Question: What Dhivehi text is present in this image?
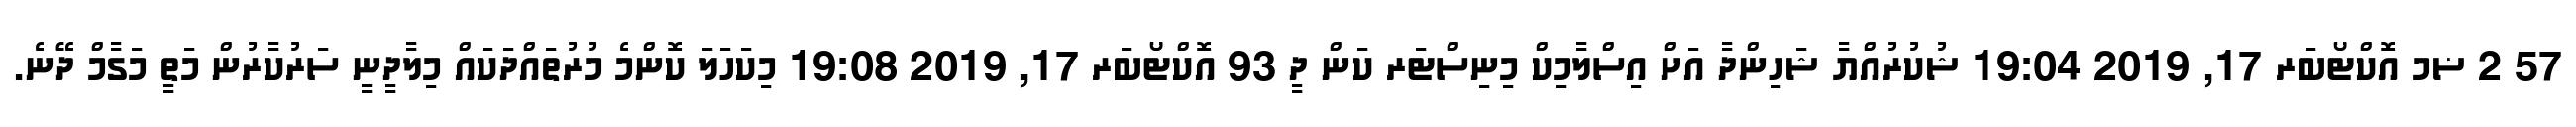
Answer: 57 2 ޟމ އޮކްޓޯބަރ 17, 2019 19:04 ޝުކުރުއްޔާ ޝަހިންދާ އަށް އިސްލާމިކް މިނިސްޓަރ ކަން ދީ 93 އޮކްޓޯބަރ 17, 2019 19:08 މިކަހަލަ ކޮންމެ މުރުތައްދަކައް މިލާދީނީ ސަރުކާރުން މަތީ މަގާމް ދޭނެ.